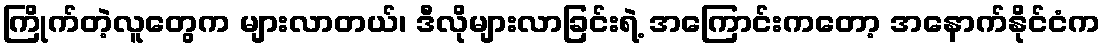
ကြိုက်တဲ့လူတွေက များလာတယ်၊ ဒီလိုများလာခြင်းရဲ့ အကြောင်းကတော့ အနောက်နိုင်ငံက